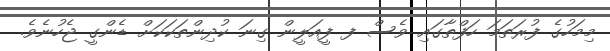
މިމަހުގެ ފުރަތަމަ ހަފްތާގައި ވެސް ފ ފީއަލީން ގިނަ ކުދިންތަކަކަށް ޑެންގީ ޖެހުނެވެ.